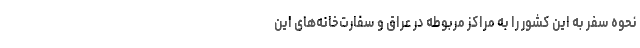
نحوه سفر به این کشور را به مراکز مربوطه در عراق و سفارت‌خانه‌های این